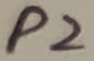
Text: P2